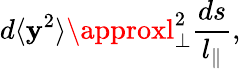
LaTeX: d\langle\mathbf{y}^{2}\rangle\approxl_{\bot}^{2}\frac{{ds}}{{l_{\| }}},